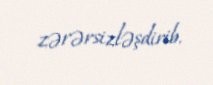
zərərsizləşdirib.